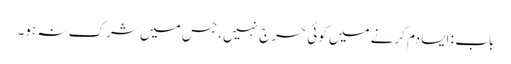
باب : ایسا دم کرنے میں کوئی حرج نہیں، جس میں شرک نہ ہو۔